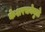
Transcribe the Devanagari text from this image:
केशरचनेमुळे